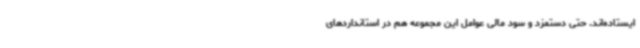
ایستاده‌اند. حتی دستمزد و سود مالی عوامل این مجموعه هم در استانداردهای